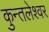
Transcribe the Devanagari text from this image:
कुन्तलेश्वर